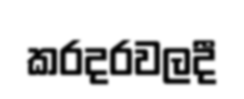
කරදරවලදී